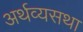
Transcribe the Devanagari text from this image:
अर्थव्यसथा